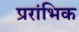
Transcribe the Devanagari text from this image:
प्ररांभिक